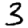
Digit: 3